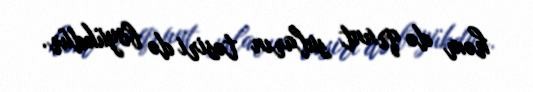
həm də qrunt suların təsiri də böyükdür.